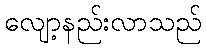
လျော့နည်းလာသည်